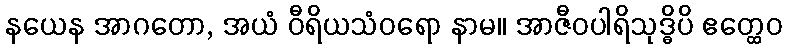
နယေန အာဂတော, အယံ ဝီရိယသံဝရော နာမ။ အာဇီဝပါရိသုဒ္ဓိပိ ဧတ္ထေဝ